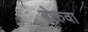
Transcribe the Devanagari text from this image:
बोरुवा